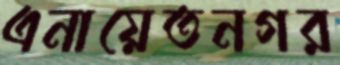
এনায়েতনগর